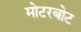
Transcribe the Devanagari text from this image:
मोटरबोट